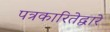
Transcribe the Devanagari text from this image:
पत्रकारितेद्वारे